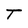
Character: T